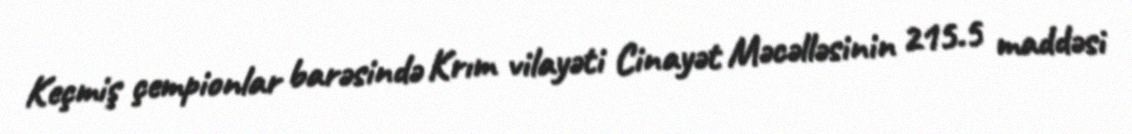
Keçmiş çempionlar barəsində Krım vilayəti Cinayət Məcəlləsinin 215.5 maddəsi